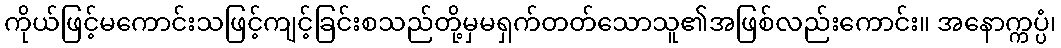
ကိုယ်ဖြင့်မကောင်းသဖြင့်ကျင့်ခြင်းစသည်တို့မှမရှက်တတ်သောသူ၏အဖြစ်လည်းကောင်း။ အနောက္ကပ္ပံ၊